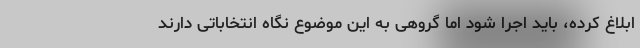
ابلاغ کرده، باید اجرا شود اما گروهی به این موضوع نگاه انتخاباتی دارند